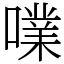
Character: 㗼